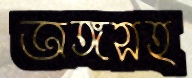
অঙ্গসহ